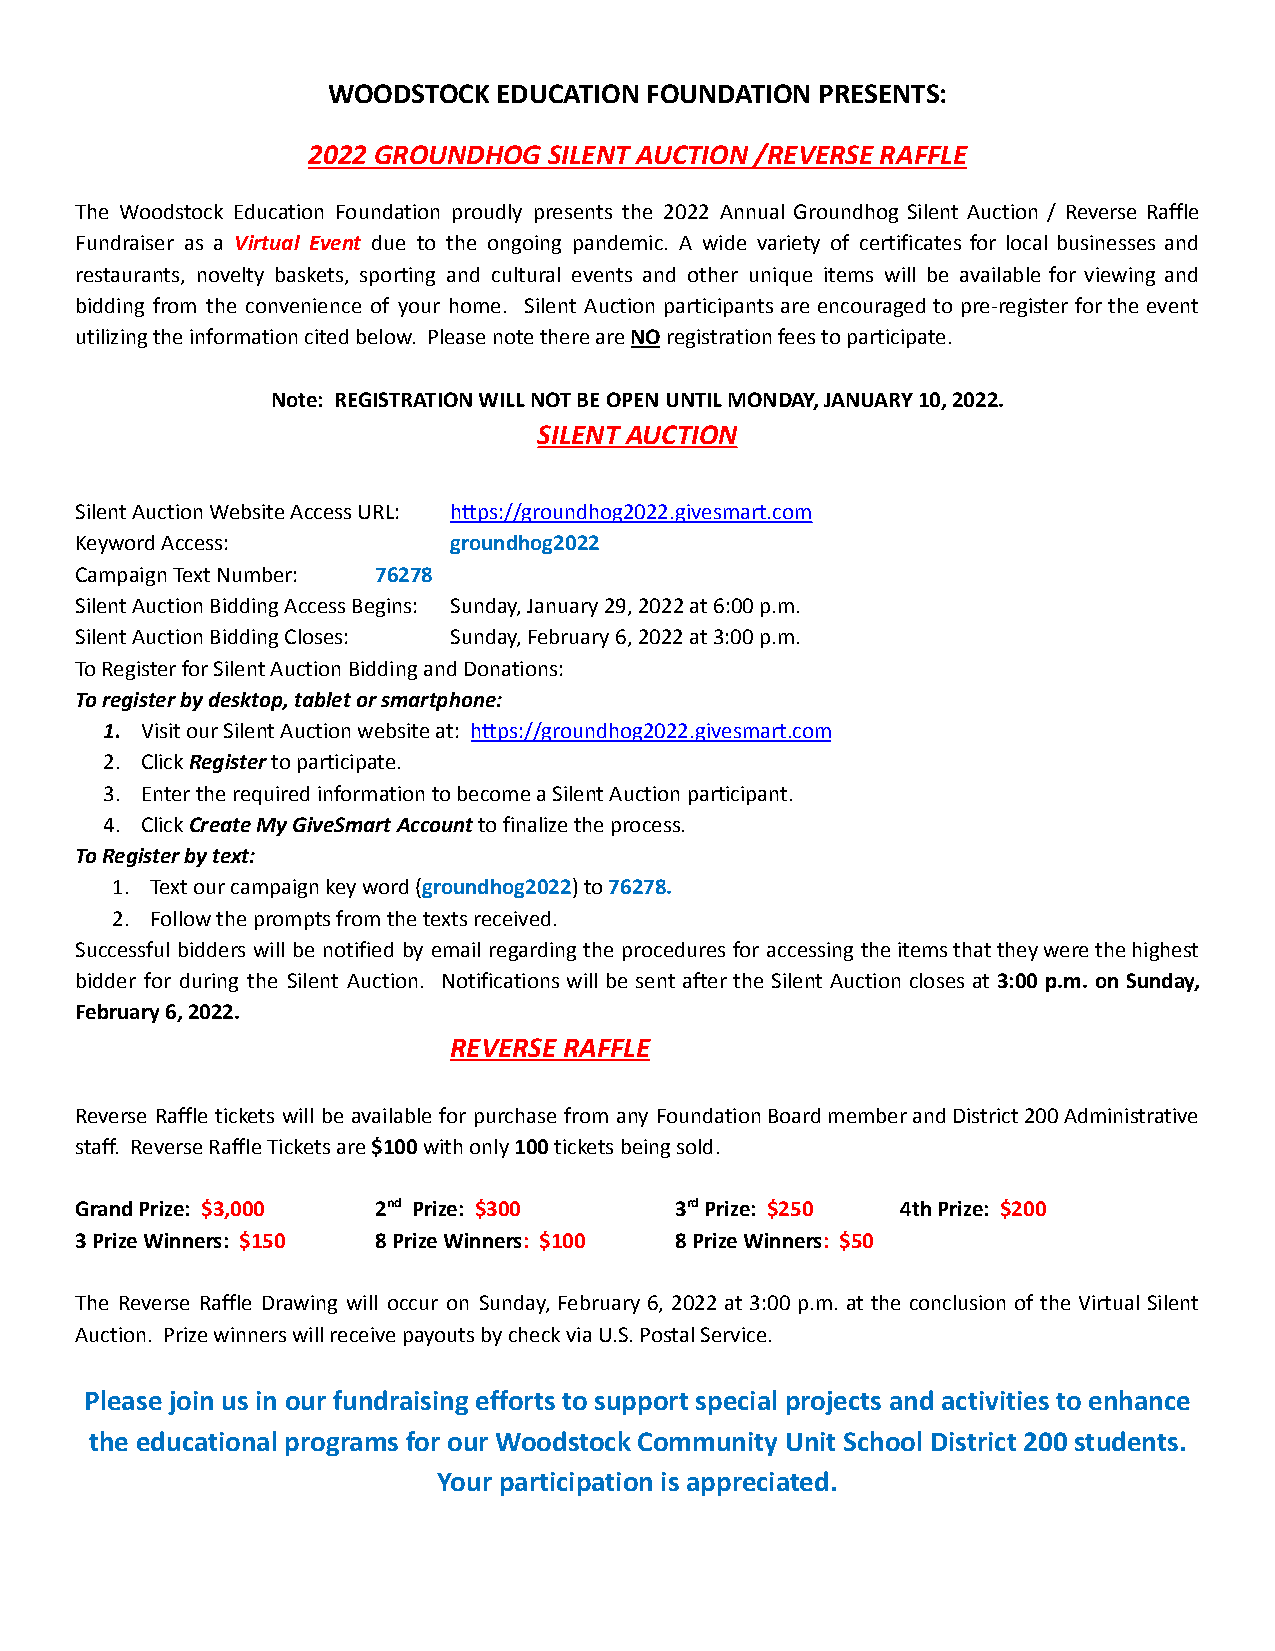
WOODSTOCK  EDUCATION FOUNDATION PRESENTS:
 2022 GROUNDHOG  SILENT AUCTION /REVERSE RAFFLE
 The Woodstock Education Foundation proudly presents the 2022 Annual Groundhog Silent Auction / Reverse Raffle
 Fundraiser as a Virtual Event due to the ongoing pandemic. A wide variety of certificates for local businesses and
 restaurants, novelty baskets, sporting and cultural events and other unique items will be available for viewing and
 bidding from the convenience of your home. Silent Auction participants are encouraged to pre-register for the event
 utilizing the information cited below. Please note there areNOregistration fees to participate.
 Note: REGISTRATION WILL NOT BE OPEN UNTIL MONDAY, JANUARY 10, 2022.
 SILENT AUCTION
 Silent Auction Website Access URL: https://groundhog2022.givesmart.com
 Keyword Access:          groundhog2022
 Campaign Text Number: 76278
 Silent Auction Bidding Access Begins: Sunday, January 29, 2022 at 6:00 p.m.
 Silent Auction Bidding Closes: Sunday, February 6, 2022 at 3:00 p.m.
 To Register for Silent Auction Bidding and Donations:
 To register by desktop, tablet or smartphone:
 1. Visit our Silent Auction website at: https://groundhog2022.givesmart.com
 2. ClickRegisterto participate.
 3. Enter the required information to become a Silent Auction participant.
 4. ClickCreate My GiveSmart Accountto finalize theprocess.
 To Register by text:
 1. Text our campaign key word (groundhog2022) to76278.
 2. Follow the prompts from the texts received.
 Successful bidders will be notified by email regarding the procedures for accessing theitemsthattheywerethehighest
 bidder for during the Silent Auction. Notifications will be sent after the Silent Auction closes at 3:00 p.m. on Sunday,
 February 6, 2022.
 REVERSE RAFFLE
 Reverse Raffle tickets will be available for purchase from any FoundationBoardmemberandDistrict200Administrative
 staff. Reverse Raffle Tickets are$100with only100tickets being sold.
 Grand Prize: $3,000 2nd Prize: $300     3rdPrize: $250 4th Prize: $200
 3 Prize Winners: $150 8 Prize Winners: $100 8 Prize Winners: $50
 The Reverse Raffle Drawing will occur on Sunday, February 6, 2022 at 3:00 p.m. at the conclusion of the Virtual Silent
 Auction. Prize winners will receive payouts by check via U.S. Postal Service.
 Please join us in our fundraising efforts to support special projects and activities to enhance
 the educational programs for our Woodstock Community Unit School District 200 students.
 Your participation is appreciated.